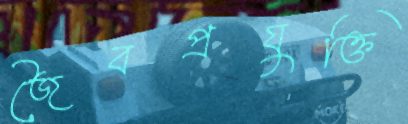
জৈবপ্রযুক্তি